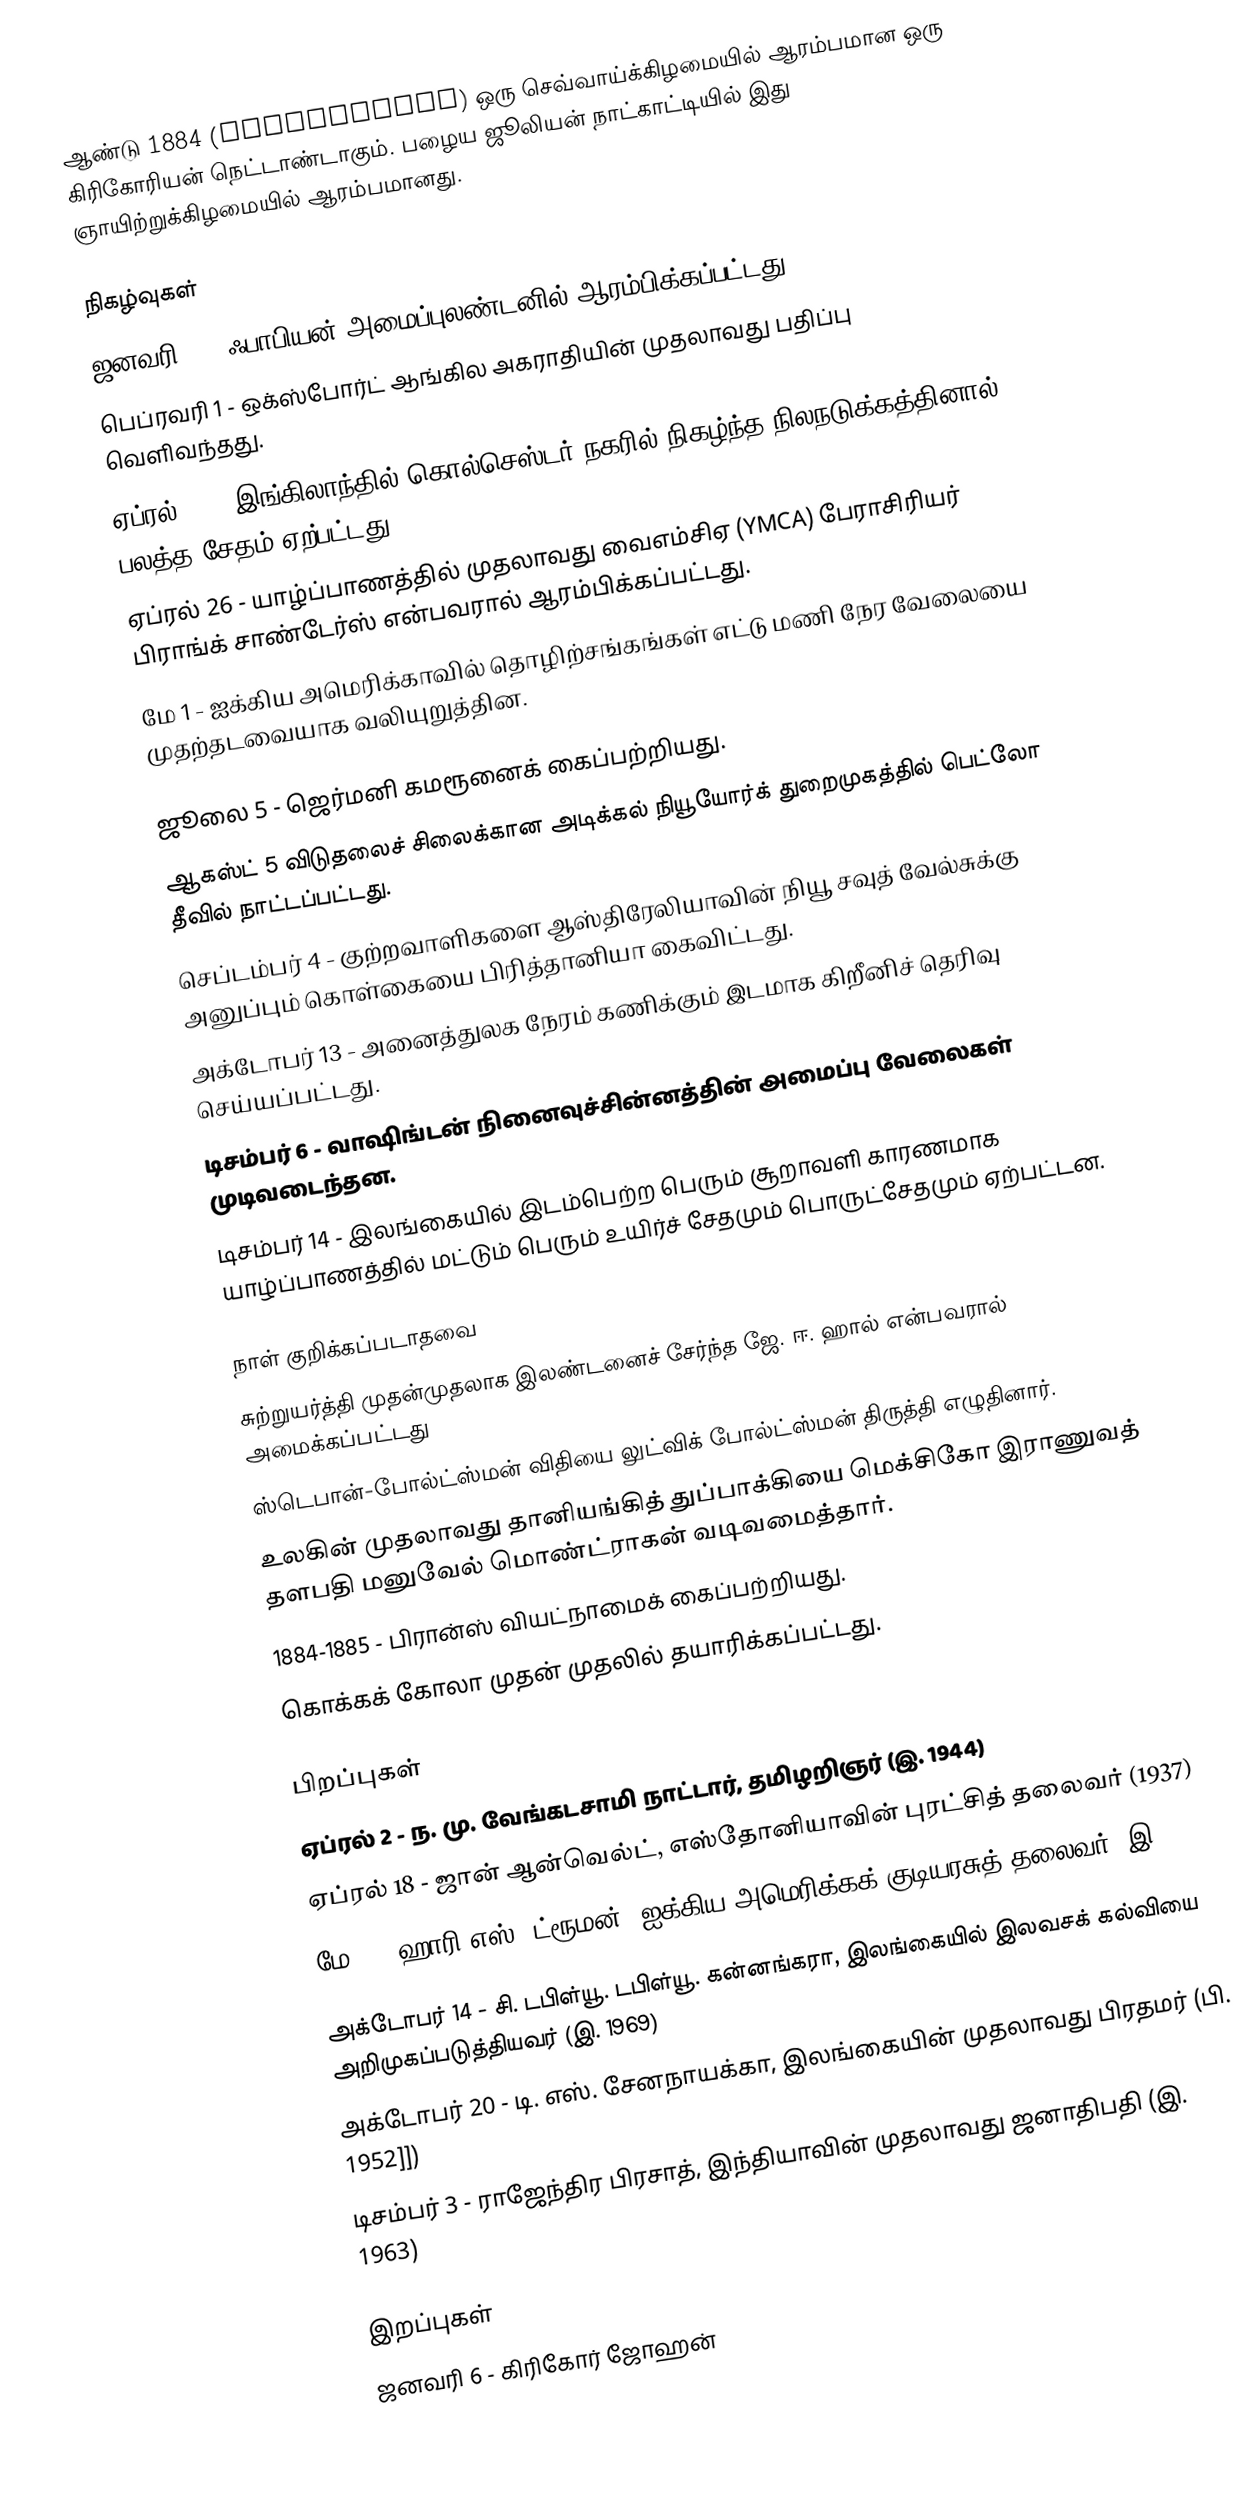
ஆண்டு 1884  (MDCCCLXXXIV) ஒரு செவ்வாய்க்கிழமையில் ஆரம்பமான ஒரு கிரிகோரியன் நெட்டாண்டாகும். பழைய ஜூலியன் நாட்காட்டியில் இது ஞாயிற்றுக்கிழமையில் ஆரம்பமானது.

நிகழ்வுகள்
 ஜனவரி 4 - ஃபாபியன் அமைப்புலண்டனில் ஆரம்பிக்கப்பட்டது.
 பெப்ரவரி 1 - ஒக்ஸ்போர்ட் ஆங்கில அகராதியின் முதலாவது பதிப்பு வெளிவந்தது.
 ஏப்ரல் 22 - இங்கிலாந்தில் கொல்செஸ்டர் நகரில் நிகழ்ந்த நிலநடுக்கத்தினால் பலத்த சேதம் ஏற்பட்டது.
 ஏப்ரல் 26 - யாழ்ப்பாணத்தில் முதலாவது வைஎம்சிஏ (YMCA) பேராசிரியர் பிராங்க் சாண்டேர்ஸ் என்பவரால் ஆரம்பிக்கப்பட்டது.
 மே 1 - ஐக்கிய அமெரிக்காவில் தொழிற்சங்கங்கள் எட்டு மணி நேர வேலையை முதற்தடவையாக வலியுறுத்தின.

 ஜூலை 5 - ஜெர்மனி கமரூனைக் கைப்பற்றியது.
 ஆகஸ்ட் 5 விடுதலைச் சிலைக்கான அடிக்கல் நியூயோர்க் துறைமுகத்தில் பெட்லோ தீவில் நாட்டப்பட்டது.
 செப்டம்பர் 4 - குற்றவாளிகளை ஆஸ்திரேலியாவின் நியூ சவுத் வேல்சுக்கு அனுப்பும் கொள்கையை பிரித்தானியா கைவிட்டது.
 அக்டோபர் 13 - அனைத்துலக நேரம் கணிக்கும் இடமாக கிறீனிச் தெரிவு செய்யப்பட்டது.
 டிசம்பர் 6 - வாஷிங்டன் நினைவுச்சின்னத்தின் அமைப்பு வேலைகள் முடிவடைந்தன.
 டிசம்பர் 14 - இலங்கையில் இடம்பெற்ற பெரும் சூறாவளி காரணமாக யாழ்ப்பாணத்தில் மட்டும் பெரும் உயிர்ச் சேதமும் பொருட்சேதமும் ஏற்பட்டன.

நாள் குறிக்கப்படாதவை
 சுற்றுயர்த்தி முதன்முதலாக இலண்டனைச் சேர்ந்த ஜே. ஈ. ஹால் என்பவரால் அமைக்கப்பட்டது
 ஸ்டெபான்-போல்ட்ஸ்மன் விதியை லுட்விக் போல்ட்ஸ்மன் திருத்தி எழுதினார்.
 உலகின் முதலாவது தானியங்கித் துப்பாக்கியை மெக்சிகோ இராணுவத் தளபதி மனுவேல் மொண்ட்ராகன் வடிவமைத்தார்.
 1884-1885 - பிரான்ஸ் வியட்நாமைக் கைப்பற்றியது.
 கொக்கக் கோலா முதன் முதலில் தயாரிக்கப்பட்டது.

பிறப்புகள்
 ஏப்ரல் 2 - ந. மு. வேங்கடசாமி நாட்டார், தமிழறிஞர் (இ. 1944)
 ஏப்ரல் 18 - ஜான் ஆன்வெல்ட், எஸ்தோனியாவின் புரட்சித் தலைவர் (1937)
 மே 8  - ஹாரி எஸ். ட்ரூமன், ஐக்கிய அமெரிக்கக் குடியரசுத் தலைவர் (இ. 1972)
 அக்டோபர் 14 - சி. டபிள்யூ. டபிள்யூ. கன்னங்கரா, இலங்கையில் இலவசக் கல்வியை அறிமுகப்படுத்தியவர் (இ. 1969)
 அக்டோபர் 20 - டி. எஸ். சேனநாயக்கா, இலங்கையின் முதலாவது பிரதமர் (பி. 1952]])
 டிசம்பர் 3 - ராஜேந்திர பிரசாத், இந்தியாவின் முதலாவது ஜனாதிபதி (இ. 1963)

இறப்புகள்
 ஜனவரி 6 - கிரிகோர் ஜோஹன்